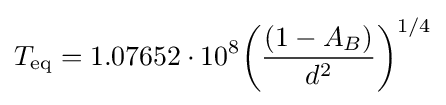
T_{\mathrm {eq} }=1.07652\cdot 10^{8}{\left({\frac {\left(1-A_{B}\right)}{d^{2}}}\right)}^{1/4}